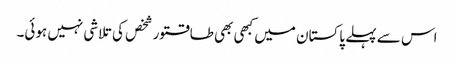
اس سے پہلے پاکستان میں کبھی بھی طاقتور شخص کی تلاشی نہیں ہوئی۔